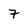
Character: 7